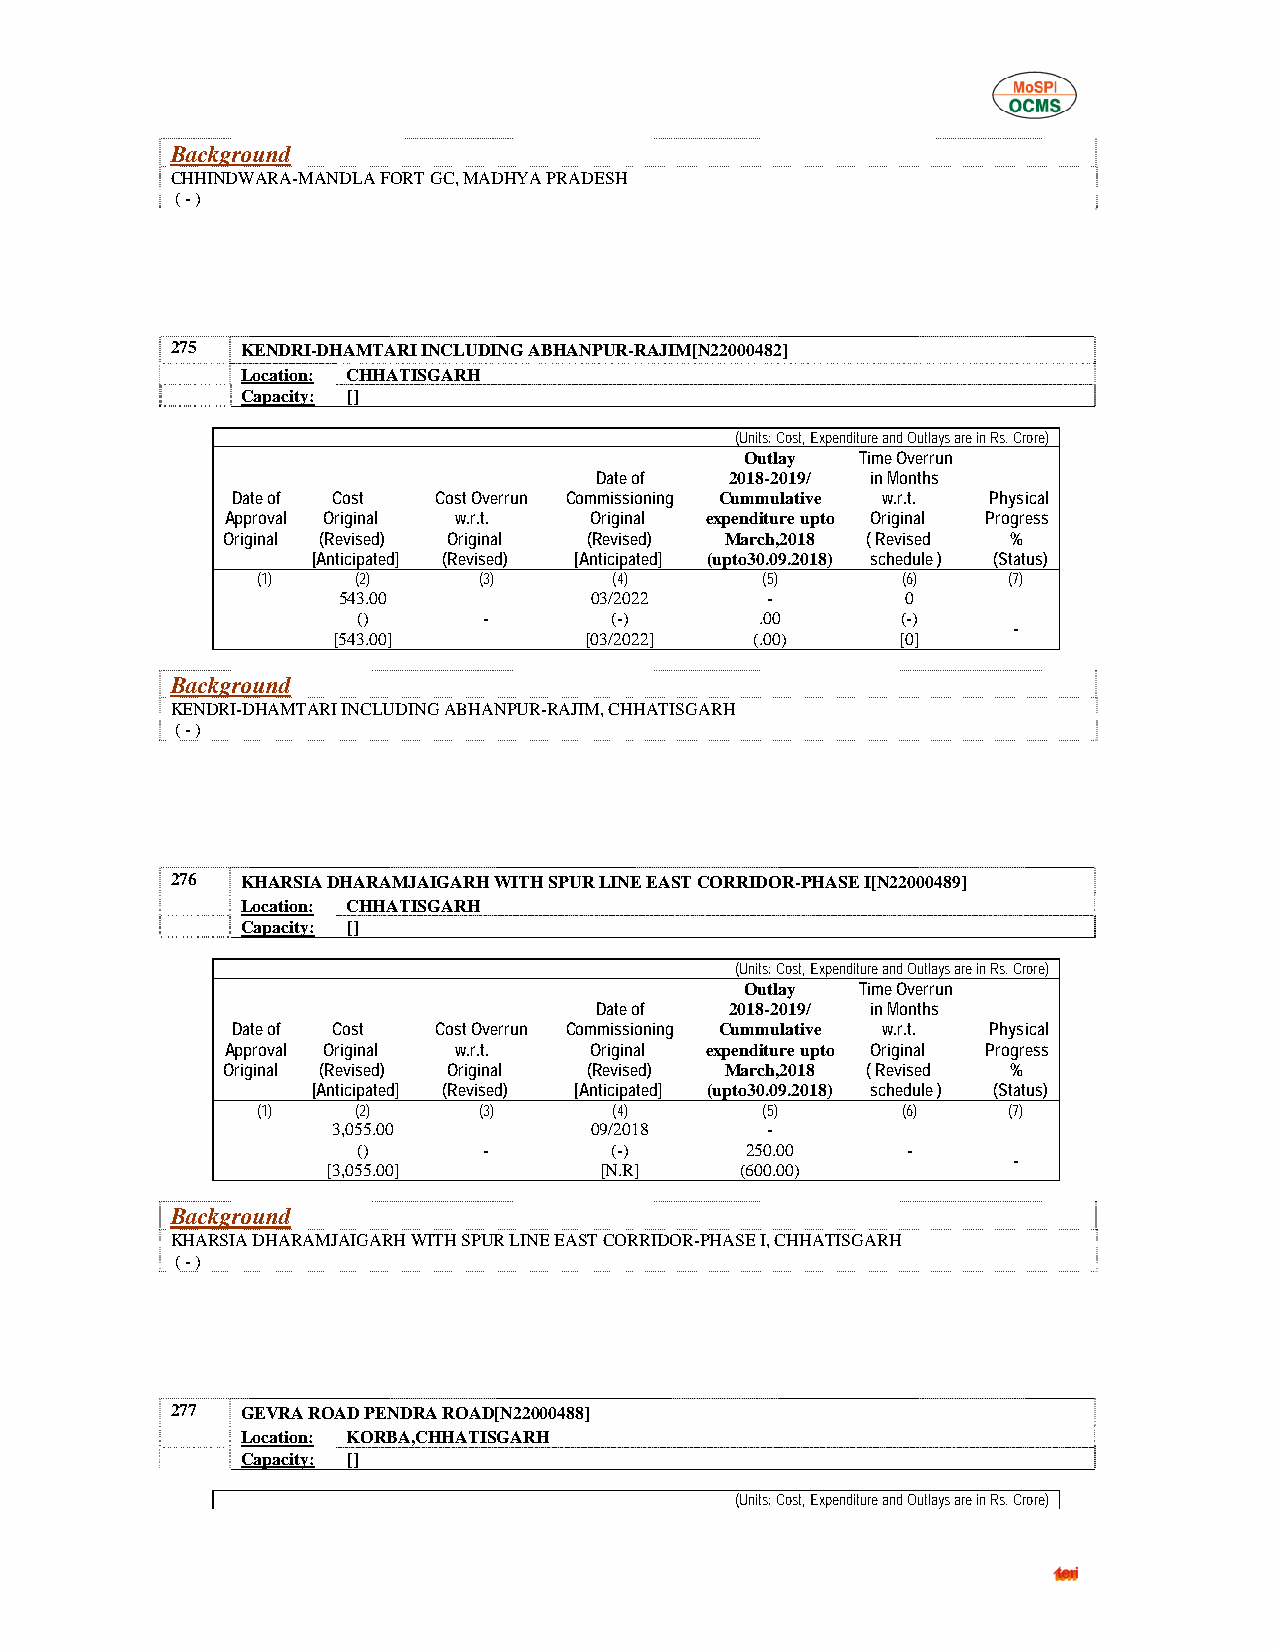
Background
 CHHINDWARA-MANDLA FORT GC, MADHYA PRADESH
 ( - )
 275  KENDRI-DHAMTARI INCLUDING ABHANPUR-RAJIM[N22000482]
 Location: CHHATISGARH
 Capacity: []
 (Units: Cost, Expenditure and Outlays are in Rs. Crore)
 Outlay  Time Overrun
 Date of  2018-2019/ in Months
 Date of Cost  Cost Overrun Commissioning Cummulative w.r.t. Physical
 Approval Original w.r.t. Original expenditure upto Original Progress
 Original (Revised) Original (Revised) March,2018 ( Revised %
 [Anticipated] (Revised) [Anticipated] (upto30.09.2018) schedule ) (Status)
 (1)    (2)     (3)      (4)      (5)       (6)    (7)
 543.00           03/2022     -        0
 ()      -       (-)       .00       (-)
 -
 [543.00]         [03/2022]  (.00)     [0]
 Background
 KENDRI-DHAMTARI INCLUDING ABHANPUR-RAJIM, CHHATISGARH
 ( - )
 276  KHARSIA DHARAMJAIGARH WITH SPUR LINE EAST CORRIDOR-PHASE I[N22000489]
 Location: CHHATISGARH
 Capacity: []
 (Units: Cost, Expenditure and Outlays are in Rs. Crore)
 Outlay  Time Overrun
 Date of  2018-2019/ in Months
 Date of Cost  Cost Overrun Commissioning Cummulative w.r.t. Physical
 Approval Original w.r.t. Original expenditure upto Original Progress
 Original (Revised) Original (Revised) March,2018 ( Revised %
 [Anticipated] (Revised) [Anticipated] (upto30.09.2018) schedule ) (Status)
 (1)    (2)     (3)      (4)      (5)       (6)    (7)
 3,055.00         09/2018     -
 ()      -       (-)      250.00     -
 -
 [3,055.00]        [N.R]    (600.00)
 Background
 KHARSIA DHARAMJAIGARH WITH SPUR LINE EAST CORRIDOR-PHASE I, CHHATISGARH
 ( - )
 277  GEVRA ROAD PENDRA ROAD[N22000488]
 Location: KORBA,CHHATISGARH
 Capacity: []
 (Units: Cost, Expenditure and Outlays are in Rs. Crore)